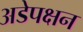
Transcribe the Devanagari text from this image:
अडेपक्षन